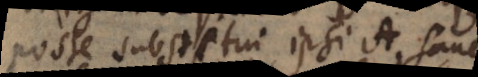
posse substitui ipsi A, sane